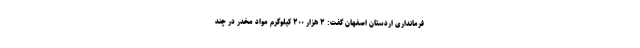
فرمانداری اردستان اصفهان گفت: ۲ هزار ۲۰۰ کیلوگرم مواد مخدر در چند